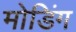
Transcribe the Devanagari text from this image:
मोडिंग